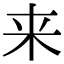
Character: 来